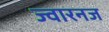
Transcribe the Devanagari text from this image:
ज्वारनज